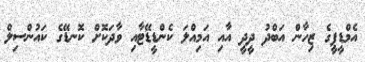
އެމްޑީޕީގެ ޒިހާން އަބްދު ދީދީ އާއި އަމިއްލަ ކެންޑީޑޭޓާއި ވާދަކޮށް ކޮނޑޭގެ ކައުންސިލް